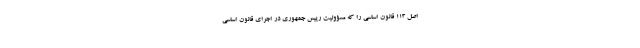
اصل 113 قانون اساسی را که مسؤولیت رییس جمهوری در اجرای قانون اساسی